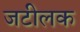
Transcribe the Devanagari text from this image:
जटीलक